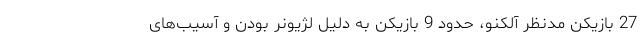
27 بازیکن مدنظر آلکنو، حدود 9 بازیکن به دلیل لژیونر بودن و آسیب‌های